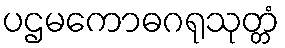
ပဌမကောဓဂရုသုတ္တံ